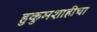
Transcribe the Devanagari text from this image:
हुकुमशाहीचा